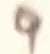
Text: 9